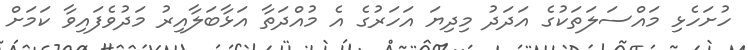
ހުށަހެޅި މައްސަލަތަކުގެ އަދަދު މިދިޔަ އަހަރުގެ އެ މުއްދަތާ އަޅާބަލާއިރު މަދުވެފައިވާ ކަމަށް